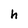
Character: h